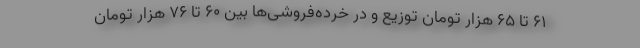
۶۱ تا ۶۵ هزار تومان توزیع و در خرده‌فروشی‌ها بین ۶۰ تا ۷۶ هزار تومان